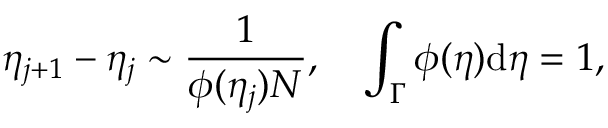
\eta _ { j + 1 } - \eta _ { j } \sim \frac { 1 } { \phi ( \eta _ { j } ) N } , \quad \int _ { \Gamma } \phi ( \eta ) \mathrm { d } \eta = 1 ,